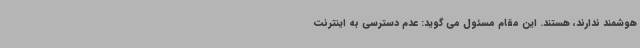
هوشمند ندارند، هستند. این مقام مسئول می گوید: عدم دسترسی به اینترنت